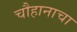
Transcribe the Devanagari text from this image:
चौहानाचा